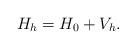
LaTeX: \begin{align*}H_h=H_0+V_h.\end{align*}